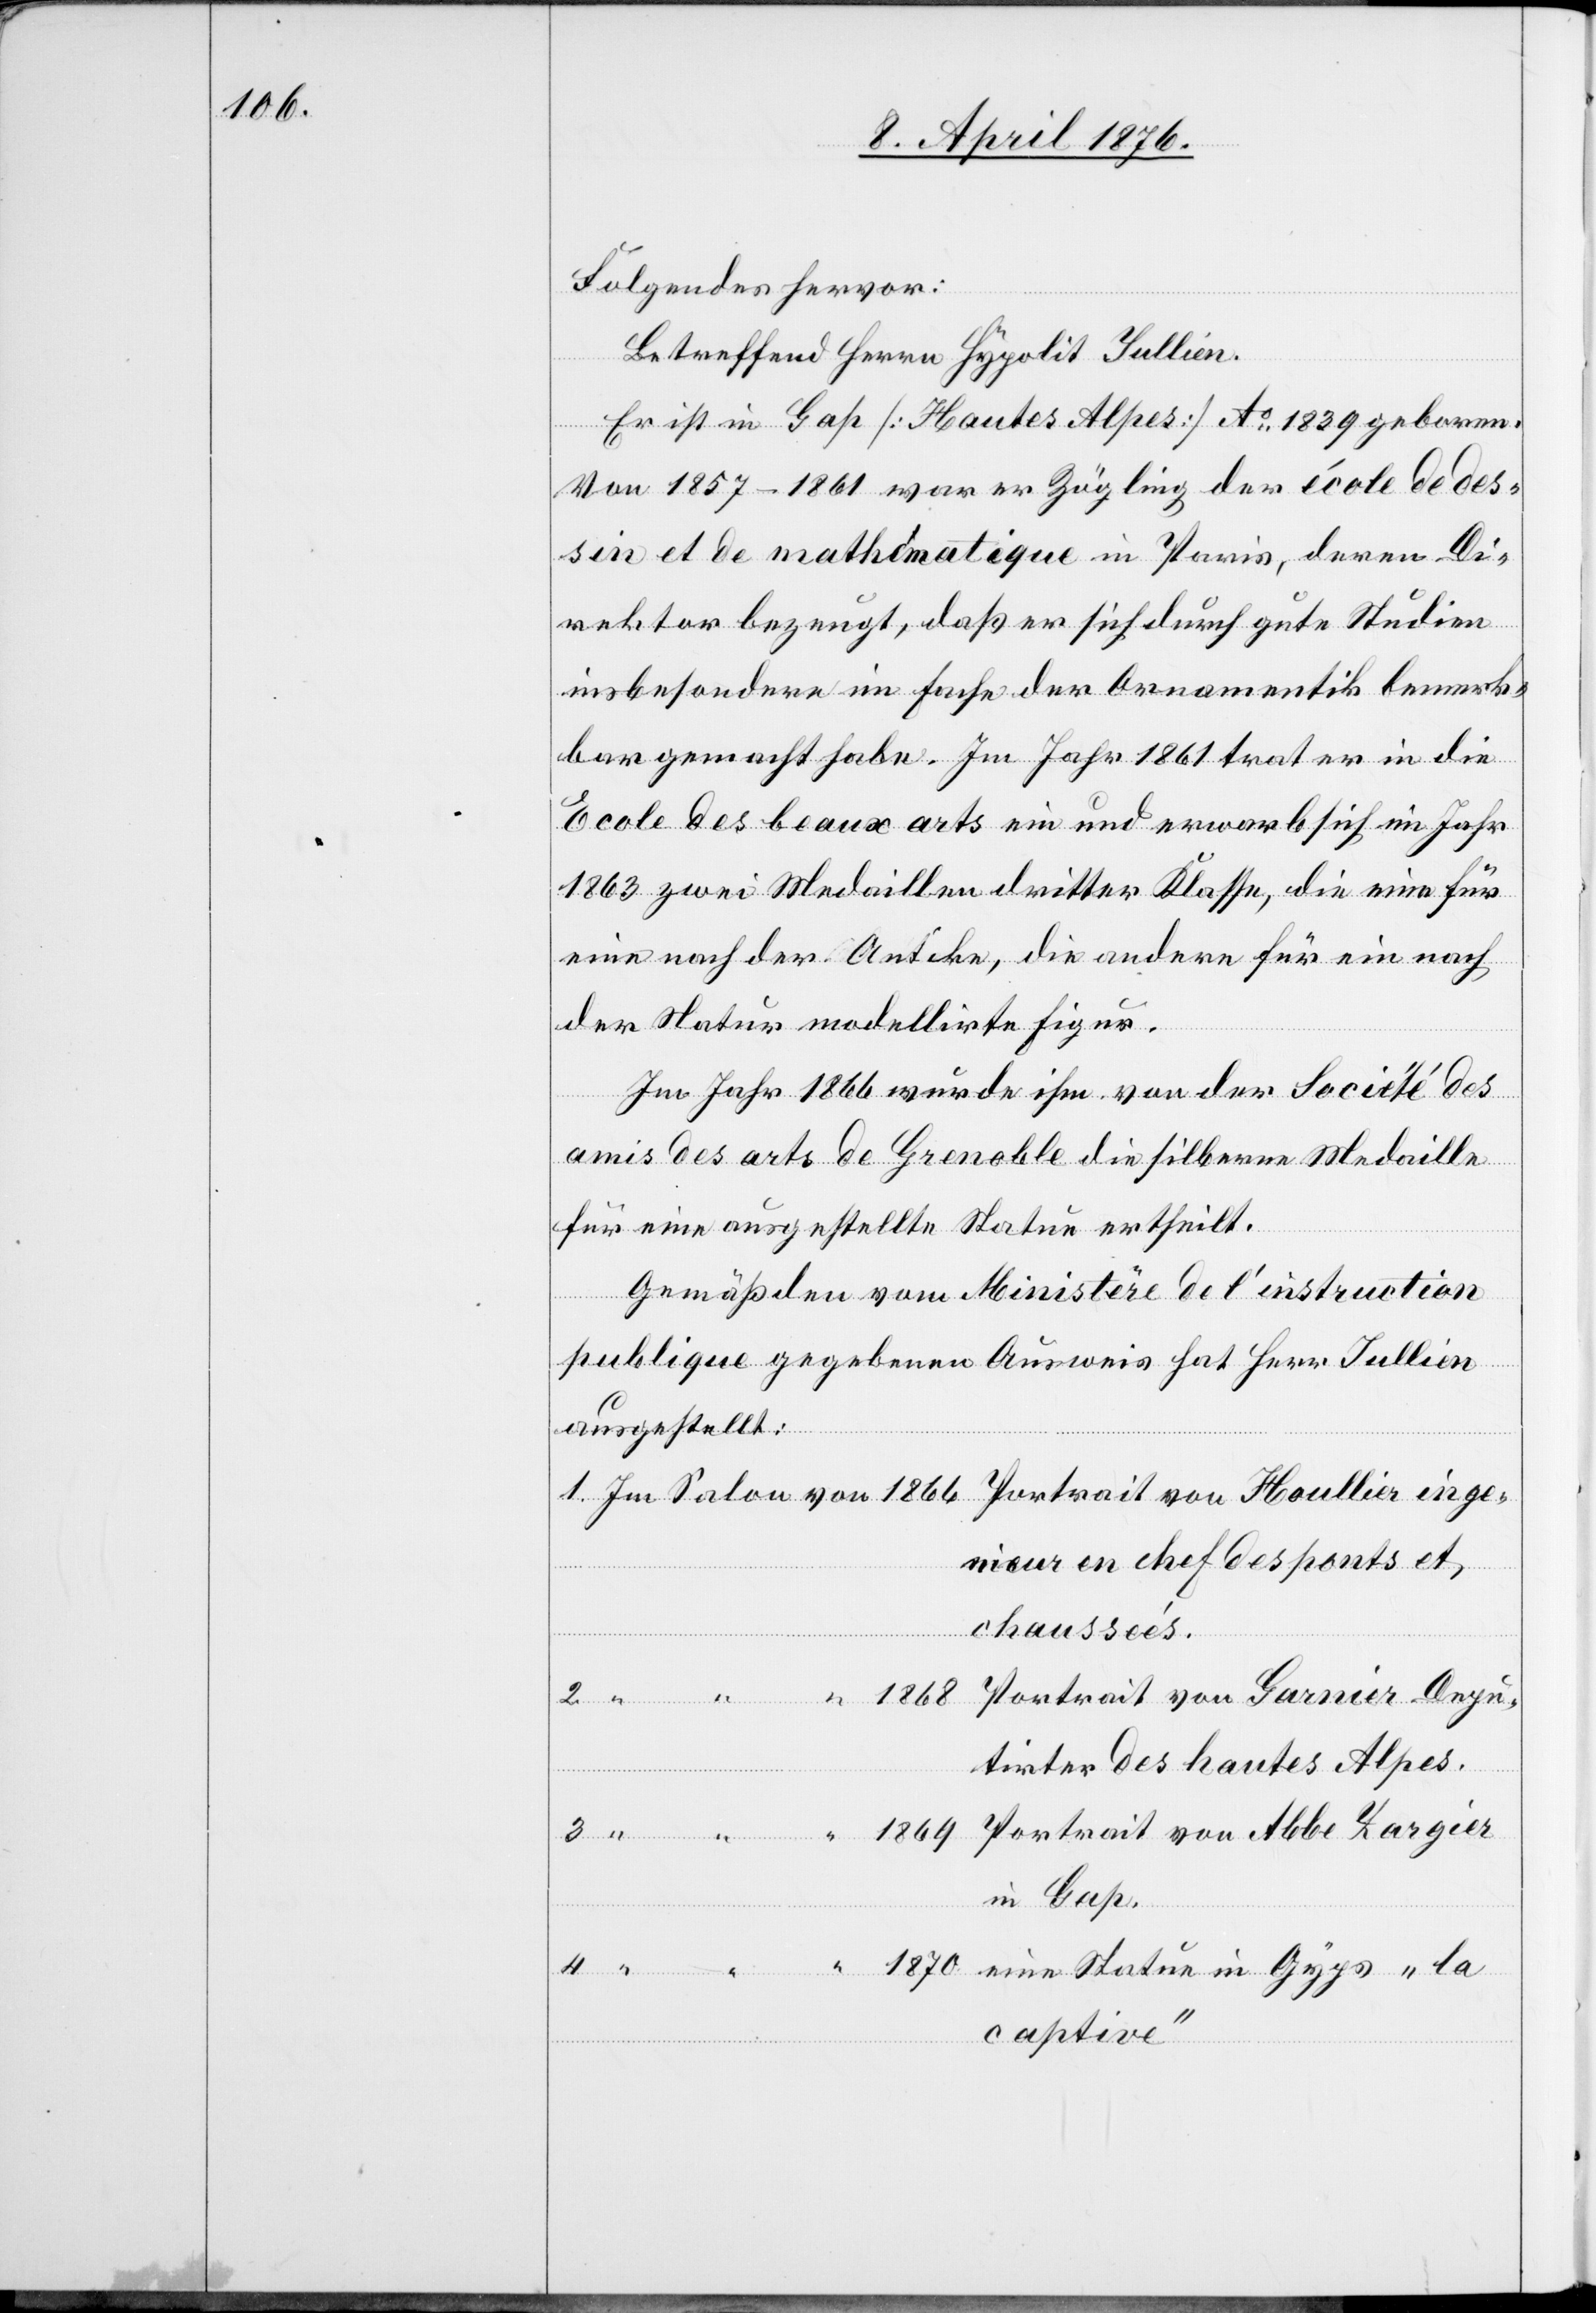
Folgendes hervor:
„la
“
betreffend Herrn Hypolit Jullien.
Er ist in Gaß [Hautes Alpes] Ao 1839 geboren.
Von 1857–1861 war er Zögling der école de des¬
sin et de mathematique in Paris, deren Di¬
rektor bezeugt, daß er sich durch gute Studien
insbesondere im Fache der Ornamentik bemerk¬
bar gemacht habe. Im Jahr 1861 trat er in die
Ecole des beaux arts ein und erwarb sich im Jahr
1863 zwei Medaillen dritter Klasse, die eine für
eine nach der Antike, die andere für ein [sic!]
der Natur modellirte Figur.
Im Jahr 1866 wurde ihm von der Société des
amis des arts de Grenoble die silberne Medaille
für eine ausgestellte Statue ertheilt.
Gemäß den vom Ministère de l’instruction
publique gegebenen Ausweis hat Herr Jullien
ausgestellt:
ingenieur en chef des ponts et,
chausseés.
in
utirter des hautes Alpes.
in Bap.
captive“